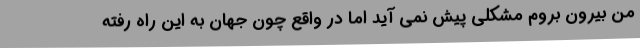
من بیرون بروم مشکلی پیش نمی آید اما در واقع چون جهان به این راه رفته